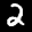
Label: 2